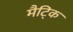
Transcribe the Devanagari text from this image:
मैट्कि